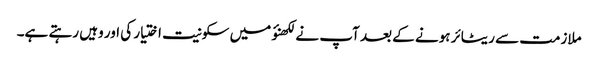
ملازمت سے ریٹائر ہونے کے بعد آپ نے لکھنؤ میں سکونیت اختیار کی اور وہیں رہتے ہے۔